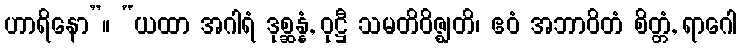
ဟာရိနော”။ “ယထာ အဂါရံ ဒုစ္ဆန္နံ, ဝုဋ္ဌီ သမတိဝိဇ္ဈတိ၊ ဧဝံ အဘာဝိတံ စိတ္တံ, ရာဂေါ